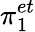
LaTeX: \pi_{1}^{et}